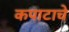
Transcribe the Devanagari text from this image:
कपाटाचे